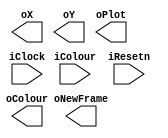
//
// This is the template for Part 1 of Lab 8.
//
// Paul Chow
// November 2021
//

// iColour is the colour for the box
//
// oX, oY, oColour and oPlot should be wired to the appropriate ports on the VGA controller
//

// Some constants are set as parameters to accommodate the different implementations
// X_SCREEN_PIXELS, Y_SCREEN_PIXELS are the dimensions of the screen
//       Default is 160 x 120, which is size for fake_fpga and baseline for the DE1_SoC vga controller
// CLOCKS_PER_SECOND should be the frequency of the clock being used.

module part1(iColour, iResetn, iClock, oX, oY, oColour, oPlot, oNewFrame);
   input wire [2:0] iColour;
   input wire 	    iResetn;
   input wire 	    iClock;
   output wire [7:0] oX;         // VGA pixel coordinates
   output wire [6:0] oY;

   output wire [2:0] oColour;     // VGA pixel colour (0-7)
   output wire 	     oPlot;       // Pixel drawn enable
   output wire       oNewFrame;

   parameter
     X_BOXSIZE = 8'd4,   // Box X dimension
     Y_BOXSIZE = 7'd4,   // Box Y dimension
     X_SCREEN_PIXELS = 9,  // X screen width for starting resolution and fake_fpga
     Y_SCREEN_PIXELS = 7,  // Y screen height for starting resolution and fake_fpga
     CLOCKS_PER_SECOND = 5000, // 5 KHZ for fake_fpga
     X_MAX = X_SCREEN_PIXELS - 1 - X_BOXSIZE, // 0-based and account for box width
     Y_MAX = Y_SCREEN_PIXELS - 1 - Y_BOXSIZE,

     FRAMES_PER_UPDATE = 15,
     PULSES_PER_SIXTIETH_SECOND = CLOCKS_PER_SECOND / 60
	       ;

   //
   // Your code goes here
   //


endmodule // part1